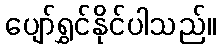
ပျော်ရွှင်နိုင်ပါသည်။